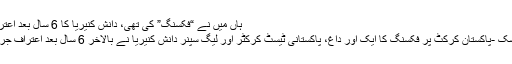
ہاں میں نے “فکسنگ” کی تھی، دانش کنیریا کا 6 سال بعد اعتراف جرم
ویب ڈیسک -پاکستان کرکٹ پر فکسنگ کا ایک اور داغ، پاکستانی ٹیسٹ کرکٹر اور لیگ سپنر دانش کنیریا نے بالآخر 6 سال بعد اعتراف جرم کر لیا۔